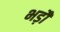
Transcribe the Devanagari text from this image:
भड़ौ